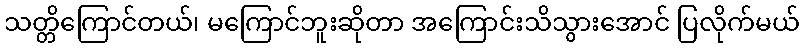
သတ္တိကြောင်တယ်၊ မကြောင်ဘူးဆိုတာ အကြောင်းသိသွားအောင် ပြလိုက်မယ်